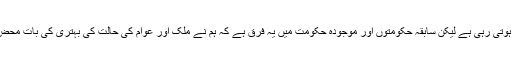
انہوں نے کہا کہ اس ملک میں غریب کی حالت زار کی بہتری کی بات اکثر ہوتی رہی ہے لیکن سابقہ حکومتوں اور موجودہ حکومت میں یہ فرق ہے کہ ہم نے ملک اور عوام کی حالت کی بہتری کی بات محض ووٹ حاصل کرنے کیلئے نہیں کی بلکہ ہم دل سے اس پر یقین رکھتے ہیں۔